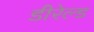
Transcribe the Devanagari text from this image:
डीरेल्ड